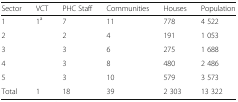
| Sector | VCT | PHC Staff | Communities | Houses | Population |
 | --- | --- | --- | --- | --- | --- |
 | 1 | <ROWSPAN=5> 1a | 7 | 11 | 778 | 4 522 |
 | 2 | 2 | 4 | 191 | 1 053 |
 | 3 | 3 | 6 | 275 | 1 688 |
 | 4 | 3 | 8 | 480 | 2 486 |
 | 5 | 3 | 10 | 579 | 3 573 |
 | Total | 1 | 18 | 39 | 2 303 | 13 322 |